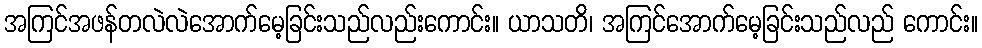
အကြင်အဖန်တလဲလဲအောက်မေ့ခြင်းသည်လည်းကောင်း။ ယာသတိ၊ အကြင်အောက်မေ့ခြင်းသည်လည် ကောင်း။